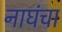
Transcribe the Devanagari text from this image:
नाघंचा